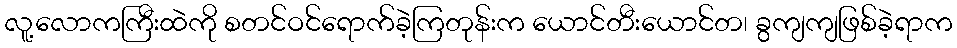
လူ့လောကကြီးထဲကို စတင်ဝင်ရောက်ခဲ့ကြတုန်းက ယောင်တီးယောင်တ၊ ခွကျကျဖြစ်ခဲ့ရာက